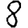
Digit: 8